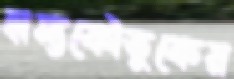
হাস্যকৌতুকের